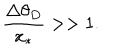
\frac { \Delta \theta _ { D } } { x _ { * } } > > 1 .